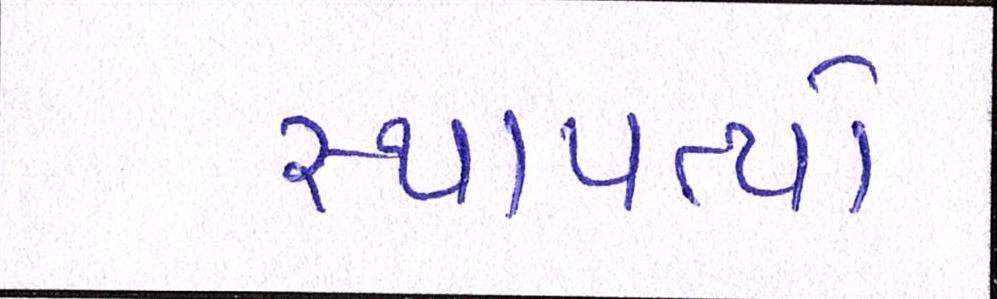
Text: સ્થાપત્યો